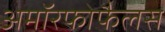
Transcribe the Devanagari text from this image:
अमॉरफोफैलस